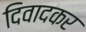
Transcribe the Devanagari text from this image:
दिवादकर